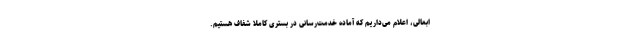
ابعالی، اعلام می‌داریم که آماده خدمت‌رسانی در بستری کاملا شفاف هستیم.